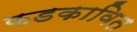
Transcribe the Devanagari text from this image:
फडकावित